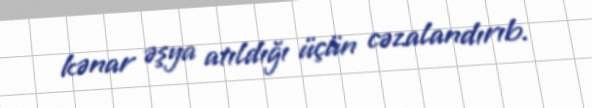
kənar əşya atıldığı üçün cəzalandırıb.